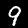
Label: 9